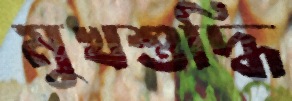
মুখশুদ্ধি